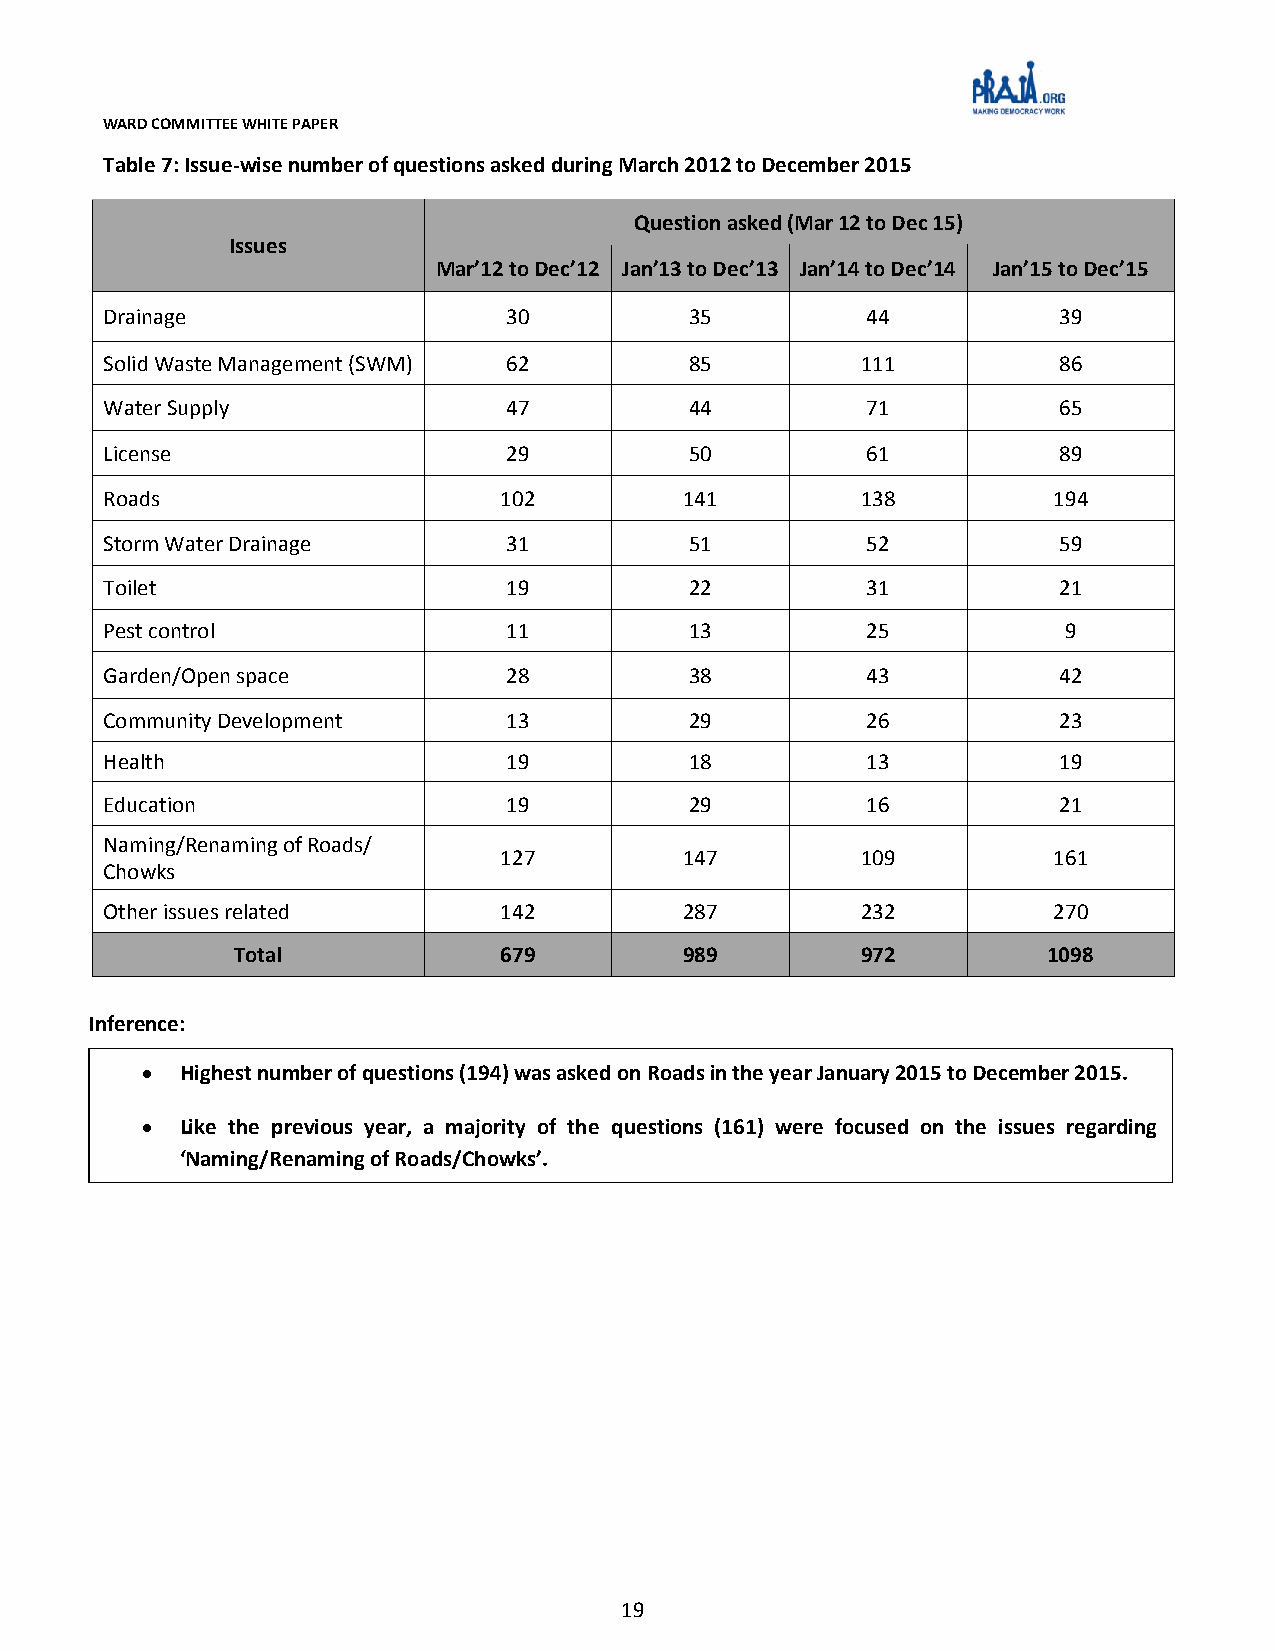
WARD COMMITTEE WHITE PAPER
 Table 7: Issue-wise number of questions asked during March 2012 to December 2015
 Question asked (Mar 12 to Dec 15)
 Issues
 Mar’12 to Dec’12 Jan’13 to Dec’13 Jan’14 to Dec’14 Jan’15 to Dec’15
 Drainage                   30          35         44           39
 Solid Waste Management (SWM) 62        85         111          86
 Water Supply               47          44         71           65
 License                    29          50         61           89
 Roads                     102         141         138          194
 Storm Water Drainage       31          51         52           59
 Toilet                     19          22         31           21
 Pest control               11          13         25            9
 Garden/Open space          28          38         43           42
 Community Development      13          29         26           23
 Health                     19          18         13           19
 Education                  19          29         16           21
 Naming/Renaming of Roads/
 127         147         109          161
 Chowks
 Other issues related      142         287         232          270
 Total             679         989         972         1098
 Inference:
 HHiigghheesstt nnuummbbGeerarr poohff qq5uu: eeTssyttpiiooenns sso ((f11 d99e44v))i cwweaasss u aasssekkdee bddy oo cnno RRuoonaaciddllsso iirnns ttinhhee t hyyeee aayrre JJaaarnn 2uu0aa1rr2yy t22o00 112550 1tt5oo DDeecceemmbbeerr 22001155..
 Grap h 5LL:ii kk ee tthhee pprreevviioouuss yyeeaarr,, aa mmaajjoorriittyy ooff tthhee qquueessttiioonnss ((116611)) wweerree ffooccuusseedd oonn tthhee iissssuueess rreeggaarrddiinngg
 ‘‘NNaammiinngg//RReennaammiinngg ooff RRooaaddss//CChhoowwkkss’’..
 19